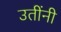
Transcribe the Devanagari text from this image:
उतींनी